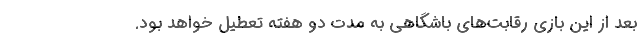
بعد از این بازی رقابت‌های باشگاهی به مدت دو هفته تعطیل خواهد بود.